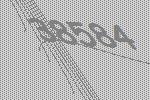
38584